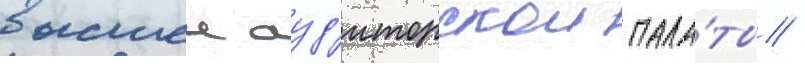
высшеи ауд'иторскои пала́ты /